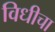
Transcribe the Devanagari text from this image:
विधीचा